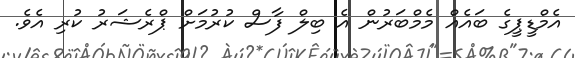
އެމްޑީޕީގެ ބައެއް މެމްބަރުން އެ ބިލް ފާސް ކުރުމަށް ޕްރެޝަރު ކުރި އެވެ.